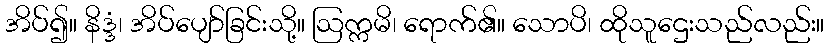
အိပ်၍။ နိဒ္ဒံ၊ အိပ်ပျော်ခြင်းသို့။ ဩက္ကမိ၊ ရောက်၏။ သောပိ၊ ထိုသူဌေးသည်လည်း။